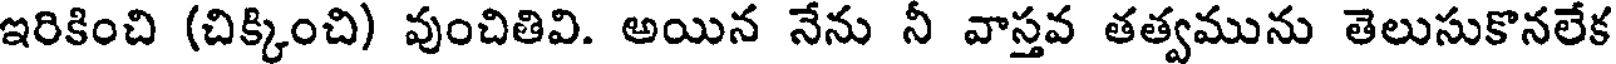
ఇరికించి (చిక్కించి) వుంచితివి. అయిన నేను నీ వాస్తవ తత్వమును తెలుసుకొనలేక